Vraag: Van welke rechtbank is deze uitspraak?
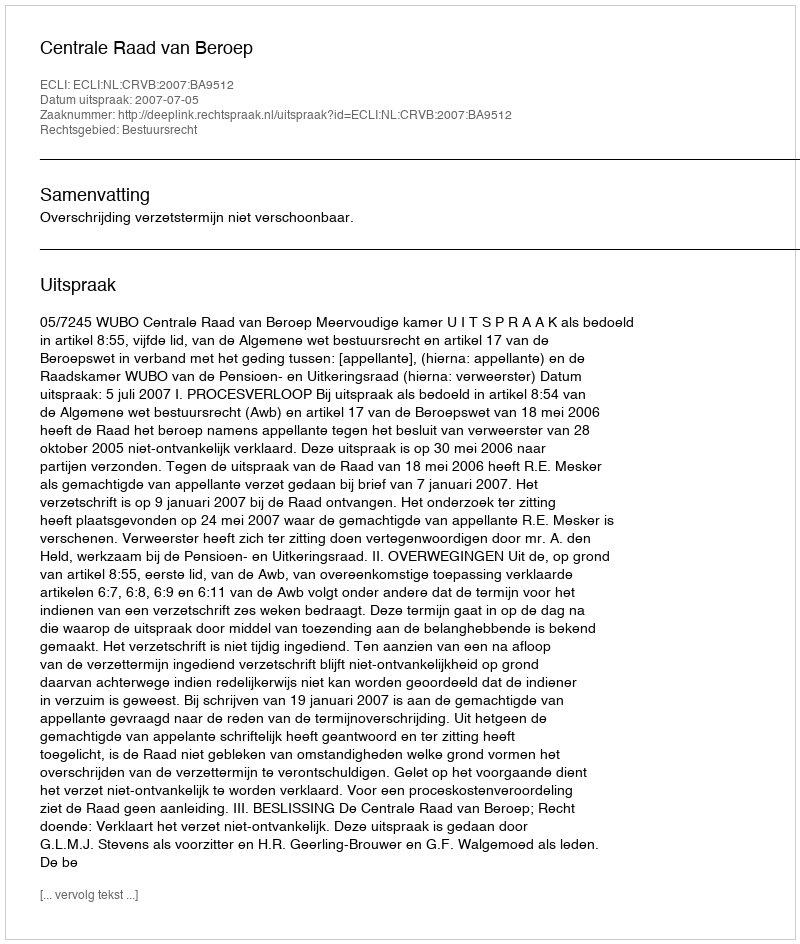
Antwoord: Centrale Raad van Beroep